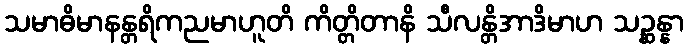
သမာဓိမာနန္တရိကညမာဟူတိ ကိတ္တိတာနိ သီလန္တိအာဒိမာဟ သဉ္ဆန္နာ